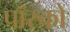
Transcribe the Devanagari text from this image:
पॉस्को